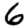
Digit: 6